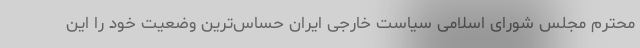
محترم مجلس شورای اسلامی سیاست خارجی ایران حساس‌ترین وضعیت خود را این